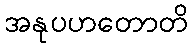
အနုပဟတောတိ